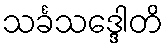
သင်္ခသဒ္ဒေါတိ